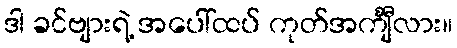
ဒါ ခင်ဗျားရဲ့ အပေါ်ထပ် ကုတ်အင်္ကျီလား။